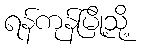
ရန်ကုန်မြို့သို့